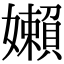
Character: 嬾